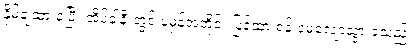
နှိမ့်ချထားခဲ့ပြီး အိပ်ခါနီးတွင် ပုံမှန်အတိုင်း ပြန်ထားရန် မေ့လျောသွားခဲ့သည်။